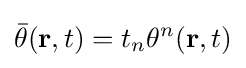
{\bar {\theta }}(\mathbf {r} ,t)=t_{n}\theta ^{n}(\mathbf {r} ,t)